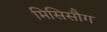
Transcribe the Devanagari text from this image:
मिसिसौग